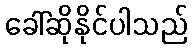
ခေါ်ဆိုနိုင်ပါသည်